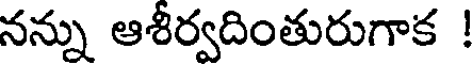
నన్ను ఆశీర్వదింతురుగాక !